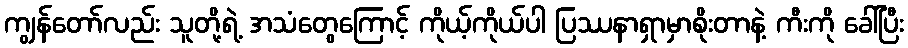
ကျွန်တော်လည်း သူတို့ရဲ့ အသံတွေကြောင့် ကိုယ့်ကိုယ်ပါ ပြဿနာရှာမှာစိုးတာနဲ့ ကီးကို ခေါ်ပြီး